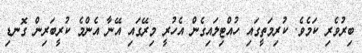
ބިރުވެރި ކަމެވެ. ކުރިމަތީގައި ހުއްޓިލައިގެން އެހުރީ މިރޭގައި އޭނާ އެންމެ ކުރީބަރިން ގޮނޑި